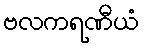
ဗလကရဏီယံ